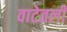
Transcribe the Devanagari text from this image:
वाटेतली